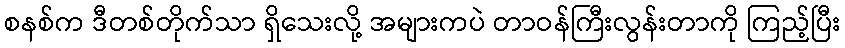
စနစ်က ဒီတစ်တိုက်သာ ရှိသေးလို့ အများကပဲ တာဝန်ကြီးလွန်းတာကို ကြည့်ပြီး